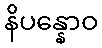
နိပန္နောဝ